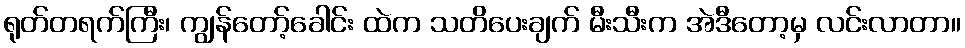
ရုတ်တရက်ကြီး၊ ကျွန်တော့်ခေါင်း ထဲက သတိပေးချက် မီးသီးက အဲဒီတော့မှ လင်းလာတာ။